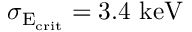
\sigma _ { \mathrm { E _ { c r i t } } } = 3 . 4 ~ \mathrm { k e V }